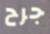
جرح